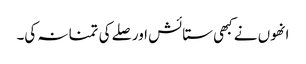
انھوں نے کبھی ستائش اور صلے کی تمنا نہ کی۔